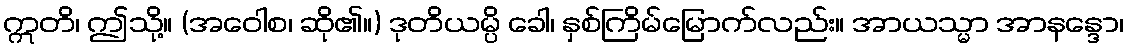
ဣတိ၊ ဤသို့။ (အဝေါစ၊ ဆို၏။) ဒုတိယမ္ပိ ခေါ၊ နှစ်ကြိမ်မြောက်လည်း။ အာယသ္မာ အာနန္ဒော၊